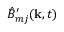
\hat { B } _ { m j } ^ { \prime } ( \mathbf { k } , t )